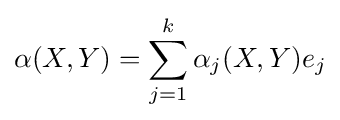
\alpha (X,Y)=\sum _{j=1}^{k}\alpha _{j}(X,Y)e_{j}